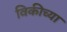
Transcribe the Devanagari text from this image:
विकीच्या